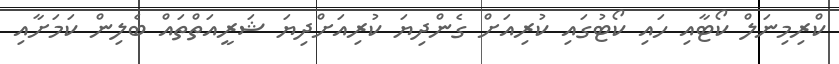
ކްރިމިނަލް ކޯޓާއި ހައި ކޯޓުގައި ކުރިއަށް ގެންދިޔަ ކުރިއަށްދިޔަ ޝަރީއަތްތައް ބެލިން ކަމަށާއި